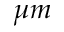
\mu m